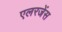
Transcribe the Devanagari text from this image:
एलरजेंस